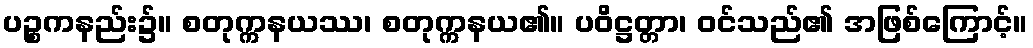
ပဉ္စကနည်း၌။ စတုက္ကနယဿ၊ စတုက္ကနယ၏။ ပဝိဋ္ဌတ္တာ၊ ဝင်သည်၏ အဖြစ်ကြောင့်။